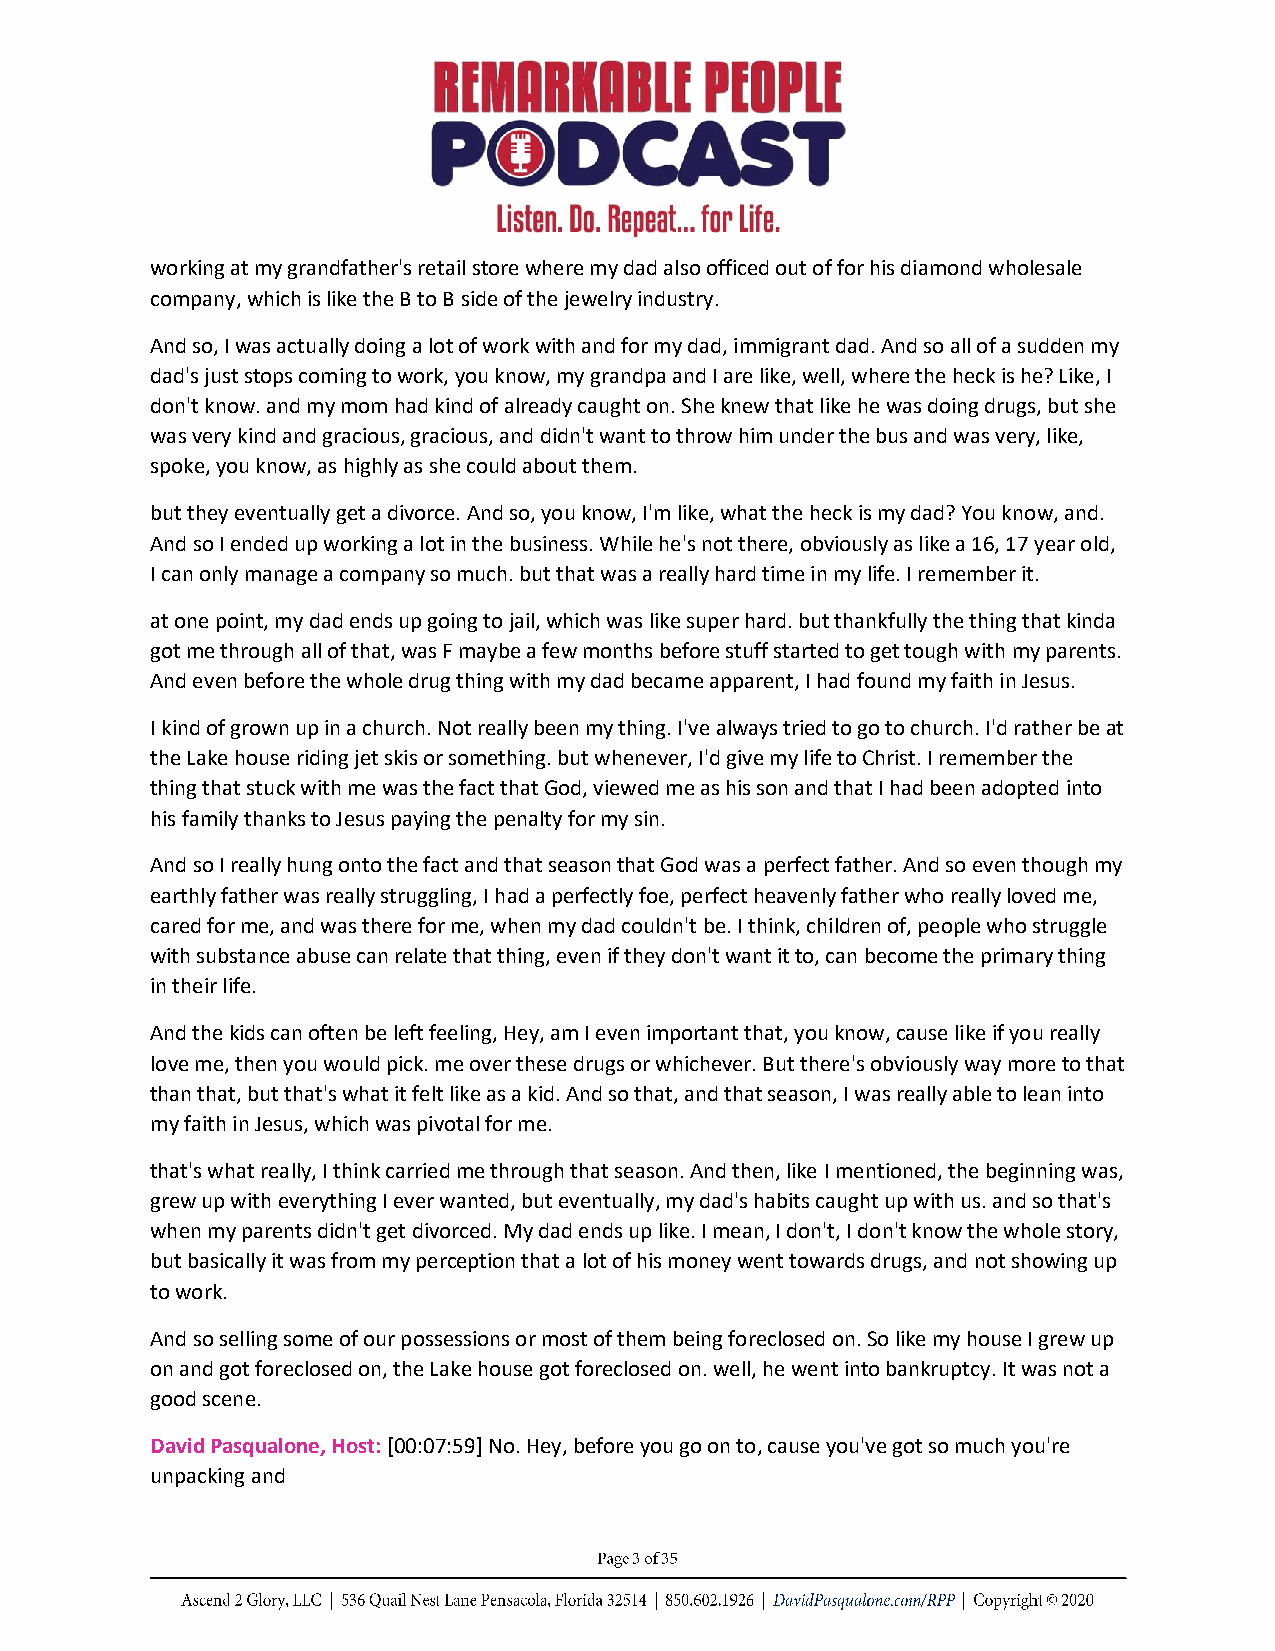
working at my grandfather's retail store where my dad also officed out of for his diamond wholesale
 company, which is like the B to B side of the jewelry industry.
 And so, I was actually doing a lot of work with and for my dad, immigrant dad. And so all of a sudden my
 dad's just stops coming to work, you know, my grandpa and I are like, well, where the heck is he? Like, I
 don't know. and my mom had kind of already caught on. She knew that like he was doing drugs, but she
 was very kind and gracious, gracious, and didn't want to throw him under the bus and was very, like,
 spoke, you know, as highly as she could about them.
 but they eventually get a divorce. And so, you know, I'm like, what the heck is my dad? You know, and.
 And so I ended up working a lot in the business. While he's not there, obviously as like a 16, 17 year old,
 I can only manage a company so much. but that was a really hard time in my life. I remember it.
 at one point, my dad ends up going to jail, which was like super hard. but thankfully the thing that kinda
 got me through all of that, was F maybe a few months before stuff started to get tough with my parents.
 And even before the whole drug thing with my dad became apparent, I had found my faith in Jesus.
 I kind of grown up in a church. Not really been my thing. I've always tried to go to church. I'd rather be at
 the Lake house riding jet skis or something. but whenever, I'd give my life to Christ. I remember the
 thing that stuck with me was the fact that God, viewed me as his son and that I had been adopted into
 his family thanks to Jesus paying the penalty for my sin.
 And so I really hung onto the fact and that season that God was a perfect father. And so even though my
 earthly father was really struggling, I had a perfectly foe, perfect heavenly father who really loved me,
 cared for me, and was there for me, when my dad couldn't be. I think, children of, people who struggle
 with substance abuse can relate that thing, even if they don't want it to, can become the primary thing
 in their life.
 And the kids can often be left feeling, Hey, am I even important that, you know, cause like if you really
 love me, then you would pick. me over these drugs or whichever. But there's obviously way more to that
 than that, but that's what it felt like as a kid. And so that, and that season, I was really able to lean into
 my faith in Jesus, which was pivotal for me.
 that's what really, I think carried me through that season. And then, like I mentioned, the beginning was,
 grew up with everything I ever wanted, but eventually, my dad's habits caught up with us. and so that's
 when my parents didn't get divorced. My dad ends up like. I mean, I don't, I don't know the whole story,
 but basically it was from my perception that a lot of his money went towards drugs, and not showing up
 to work.
 And so selling some of our possessions or most of them being foreclosed on. So like my house I grew up
 on and got foreclosed on, the Lake house got foreclosed on. well, he went into bankruptcy. It was not a
 good scene.
 David Pasqualone, Host: [00:07:59] No. Hey, before you go on to, cause you've got so much you're
 unpacking and